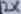
Text: 2K